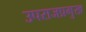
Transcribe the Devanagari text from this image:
उपराजप्रमुख